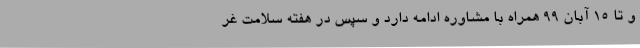
و تا 15 آبان 99 همراه با مشاوره ادامه دارد و سپس در هفته سلامت غر